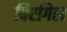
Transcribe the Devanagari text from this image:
विरगिल